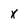
Character: x